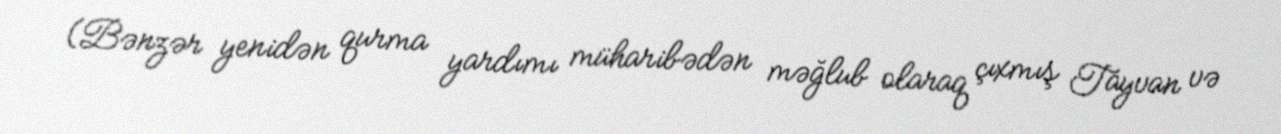
(Bənzər yenidən qurma yardımı müharibədən məğlub olaraq çıxmış Tayvan və